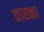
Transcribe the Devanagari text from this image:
तारळा